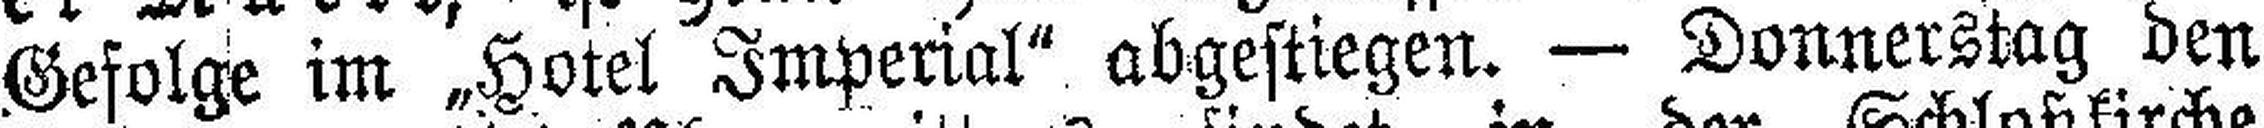
Gefolge im „Hotel Imperial“ abgestiegen. — Donnerstag den